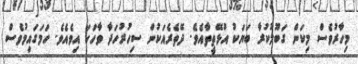
މިހާރުވެސް މިކަން ގަބޫލުކުރާ ބަޔަކު އުޅޭތީތާއެވެ. ދޭތެރެއަކުން ސިހުރުހަދާ ވާހަކަ އިވެއެވެ. ހަމަގައިމުވެސް